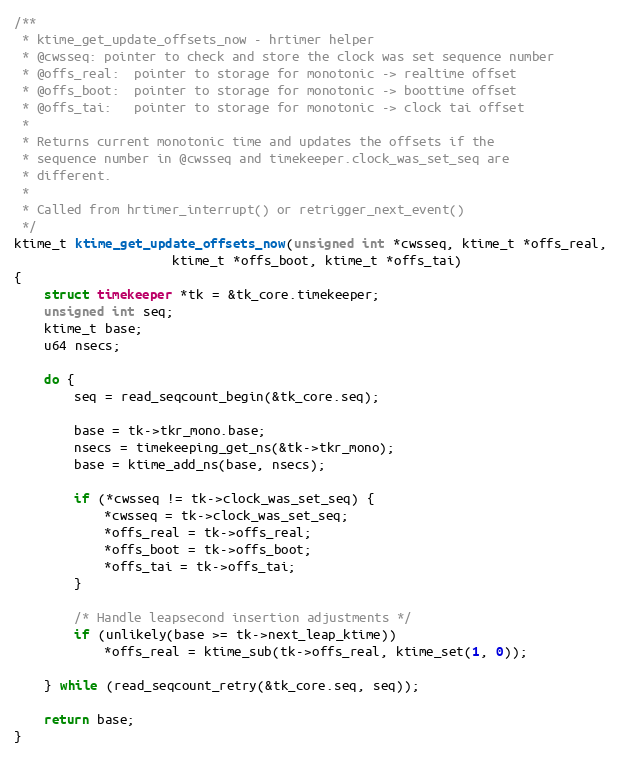
Language: C
/**
 * ktime_get_update_offsets_now - hrtimer helper
 * @cwsseq:	pointer to check and store the clock was set sequence number
 * @offs_real:	pointer to storage for monotonic -> realtime offset
 * @offs_boot:	pointer to storage for monotonic -> boottime offset
 * @offs_tai:	pointer to storage for monotonic -> clock tai offset
 *
 * Returns current monotonic time and updates the offsets if the
 * sequence number in @cwsseq and timekeeper.clock_was_set_seq are
 * different.
 *
 * Called from hrtimer_interrupt() or retrigger_next_event()
 */
ktime_t ktime_get_update_offsets_now(unsigned int *cwsseq, ktime_t *offs_real,
				     ktime_t *offs_boot, ktime_t *offs_tai)
{
	struct timekeeper *tk = &tk_core.timekeeper;
	unsigned int seq;
	ktime_t base;
	u64 nsecs;

	do {
		seq = read_seqcount_begin(&tk_core.seq);

		base = tk->tkr_mono.base;
		nsecs = timekeeping_get_ns(&tk->tkr_mono);
		base = ktime_add_ns(base, nsecs);

		if (*cwsseq != tk->clock_was_set_seq) {
			*cwsseq = tk->clock_was_set_seq;
			*offs_real = tk->offs_real;
			*offs_boot = tk->offs_boot;
			*offs_tai = tk->offs_tai;
		}

		/* Handle leapsecond insertion adjustments */
		if (unlikely(base >= tk->next_leap_ktime))
			*offs_real = ktime_sub(tk->offs_real, ktime_set(1, 0));

	} while (read_seqcount_retry(&tk_core.seq, seq));

	return base;
}